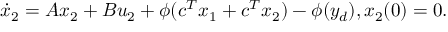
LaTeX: { \dot { x } } _ { 2 } = A x _ { 2 } + B u _ { 2 } + \phi ( c ^ { T } x _ { 1 } + c ^ { T } x _ { 2 } ) - \phi ( y _ { d } ) , x _ { 2 } ( 0 ) = 0 .